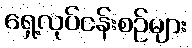
ရှေ့လုပ်ငန်းစဉ်များ